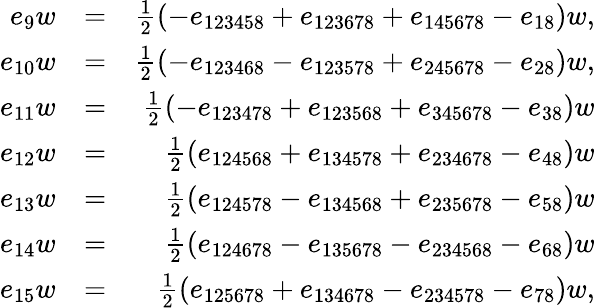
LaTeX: \begin{array}{rlr}{e_{9}w}&{=}&{\frac{1}{2}(-e_{123458}+e_{123678}+e_{145678}-e_{18})w,}\\ {e_{10}w}&{=}&{\frac{1}{2}(-e_{123468}-e_{123578}+e_{245678}-e_{28})w,}\\ {e_{11}w}&{=}&{\frac{1}{2}(-e_{123478}+e_{123568}+e_{345678}-e_{38})w}\\ {e_{12}w}&{=}&{\frac{1}{2}(e_{124568}+e_{134578}+e_{234678}-e_{48})w}\\ {e_{13}w}&{=}&{\frac{1}{2}(e_{124578}-e_{134568}+e_{235678}-e_{58})w}\\ {e_{14}w}&{=}&{\frac{1}{2}(e_{124678}-e_{135678}-e_{234568}-e_{68})w}\\ {e_{15}w}&{=}&{\frac{1}{2}(e_{125678}+e_{134678}-e_{234578}-e_{78})w,}\end{array}